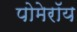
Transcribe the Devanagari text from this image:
पोमेरॉय